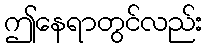
ဤနေရာတွင်လည်း